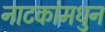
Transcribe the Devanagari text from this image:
नाटकांमधुन